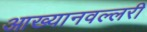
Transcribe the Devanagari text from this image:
आख्यानवल्लरी